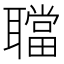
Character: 𦗴